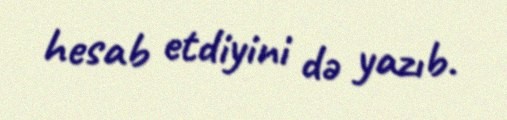
hesab etdiyini də yazıb.